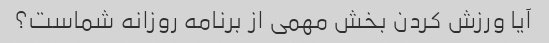
آیا ورزش کردن بخش مهمی از برنامه روزانه شماست؟